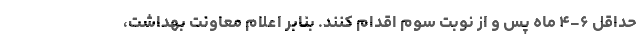
حداقل ۶-۴ ماه پس و از نوبت سوم اقدام کنند. بنابر اعلام معاونت بهداشت،